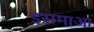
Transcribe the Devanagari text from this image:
इसमाआ